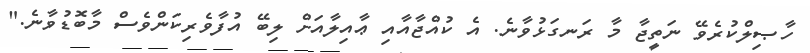
ހާޞިލްކުރެވޭ ނަތީޖާ މާ ރަނގަޅުވާނެ. އެ ކުއްޖާއާއި ޢާއިލާއަށް ލިބޭ އުފާވެރިކަންވެސް މާބޮޑުވާނެ."